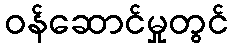
ဝန်ဆောင်မှုတွင်